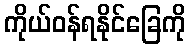
ကိုယ်ဝန်ရနိုင်ခြေကို